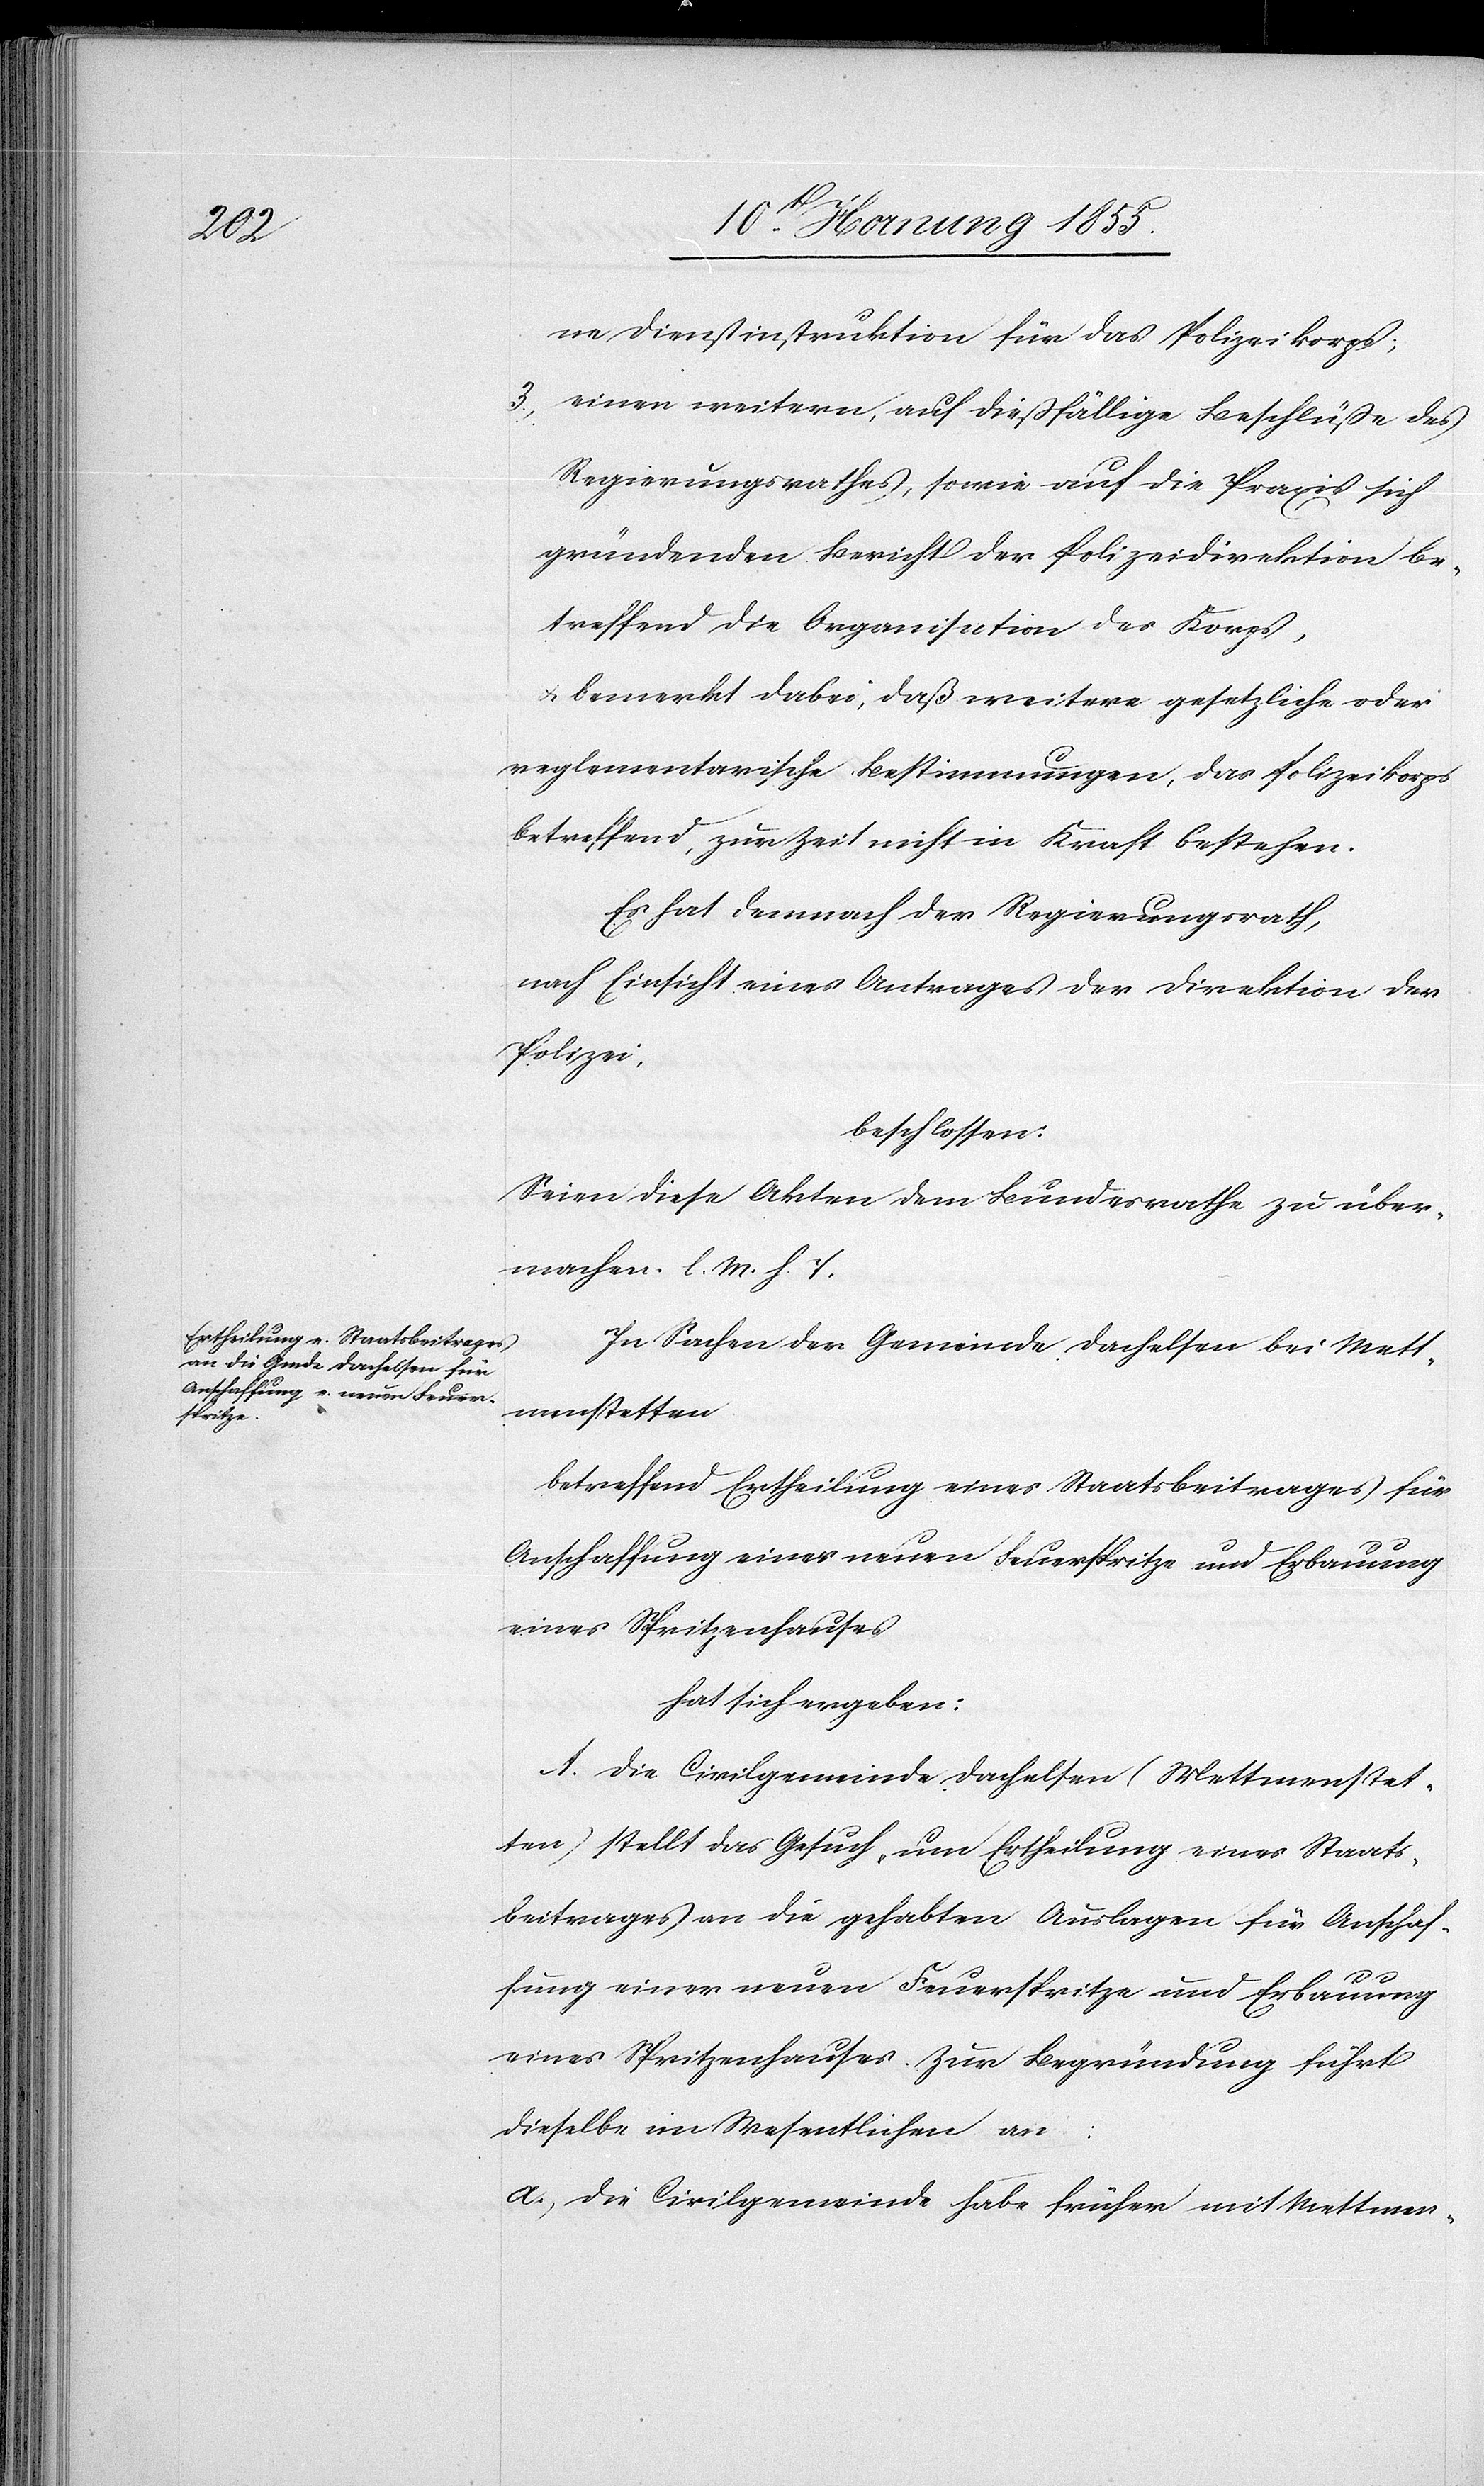
ne Dienstinstruktion für das Polizeikorps;
einen weitern, auf dießfällige Beschlüsse des
Regierungsrathes, sowie auf die Praxis sich
gründenden Bericht der Polizeidirektion be¬
treffend die Organisation des Korps,
& bemerkt dabei, daß weitere gesetzliche oder
reglementarische Bestimmungen, das Polizeikorps
betreffend, zur Zeit nicht in Kraft bestehen.
Es hat demnach der Regierungsrath,
nach Einsicht eines Antrages der Direktion der
Polizei,
beschlossen:
Seien diese Akten dem Bundesrathe zu über¬
machen. l. M. h. T.
In Sachen der Gemeinde Dachelsen bei Mett¬
menstetten
betreffend Ertheilung eines Staatsbeitrages für
Anschaffung einer neuen Feuerspritze und Erbauung
eines Spritzenhauses
hat sich ergeben:
A. Die Civilgemeinde Dachelsen (Mettmenstet¬
ten) stellt das Gesuch, um Ertheilung eines Staats¬
beitrages an die gehabten Auslagen für Anschaf¬
fung einer neuen Feuerspritze und Erbauung
eines Spritzenhauses. Zur Begründung führt
dieselbe im Wesentlichen an:
a, Die Civilgemeinde habe früher mit Mettmen-